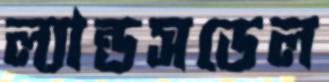
ল্যান্ডসডেল